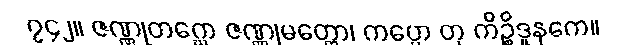
၇၄၂။ ဇဏ္ဏုတဂ္ဃော ဇဏ္ဏုမတ္တော၊ ကပ္ပော တု ကိဉ္စိဒူနကေ။